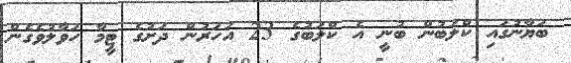
ބަޔާނުގައި ކްލަބުން ބުނީ އެ ކްލަބުގެ 23 އަހަރުން ދަށުގެ ޓީމާ ހަވާލުވެގެން